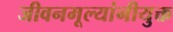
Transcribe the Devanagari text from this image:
जीवनमूल्यांनीयुक्त